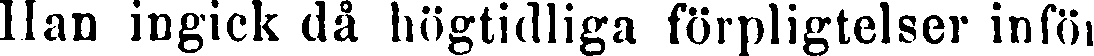
Han ingick då högtidliga förpligtelser inför